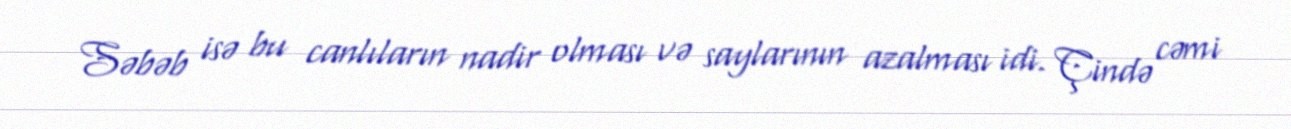
Səbəb isə bu canlıların nadir olması və saylarının azalması idi. Çində cəmi